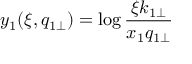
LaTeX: y _ { 1 } ( \xi , q _ { 1 \perp } ) = \log \frac { \xi k _ { 1 \perp } } { x _ { 1 } q _ { 1 \perp } }